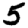
Digit: 5